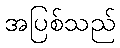
အပြစ်သည်